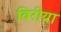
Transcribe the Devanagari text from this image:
बिरीया